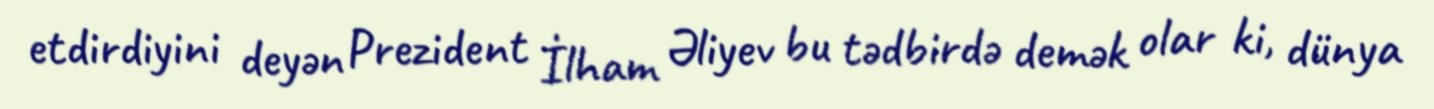
etdirdiyini deyən Prezident İlham Əliyev bu tədbirdə demək olar ki, dünya